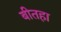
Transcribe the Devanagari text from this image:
बीतहा